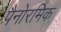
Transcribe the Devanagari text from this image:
पैनोरमिक